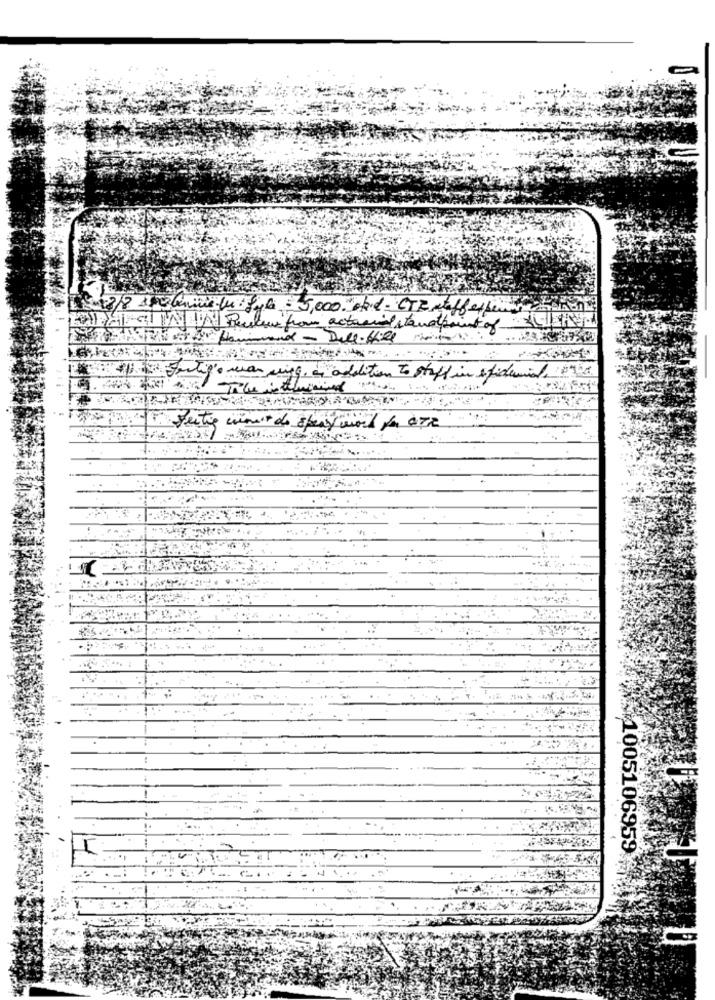
2017/8 Camicie tu Byli = 5,000. obid - CTR tafferpenne
HALAGT INN Poules from actomil standpoint of
地味
Ci Fertig. wer ving. in addition to stuff in epidemia 0906
TOBIE faite can't de spay wond fo OR
1005106959